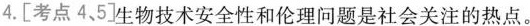
4.[考点4、5]生物技术安全性和伦理问题是社会关注的热点。